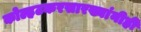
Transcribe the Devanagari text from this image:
कोल्हटकरसारख्यांनीही